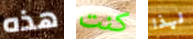
هذه كنت لهذا